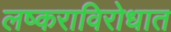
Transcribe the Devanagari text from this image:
लष्कराविरोधात